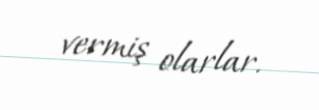
vermiş olarlar.